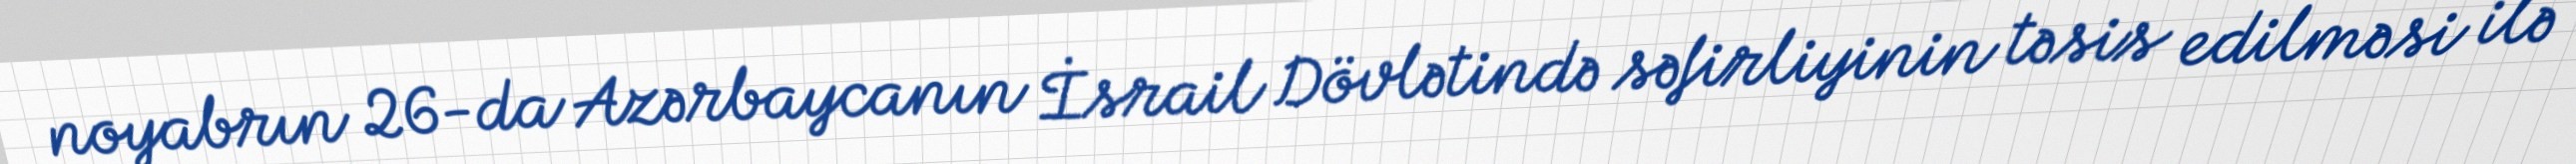
noyabrın 26-da Azərbaycanın İsrail Dövlətində səfirliyinin təsis edilməsi ilə